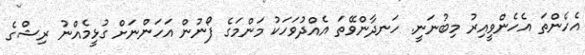
އެހެންތަ އެހެންވީއިރު މިބުނަނީ. ހަނދާންވޭތަ އެއްދުވަހަކު މަންމަގެ ފޯނުން އަހަންނަށް ގުޅީމެއްނު ރިޝްގެ